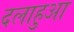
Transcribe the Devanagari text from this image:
दलाहुआ